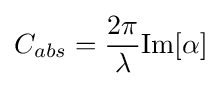
C_{abs}={\frac {2\pi }{\lambda }}{\text{Im}}[\alpha ]